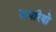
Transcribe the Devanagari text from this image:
डायरियो